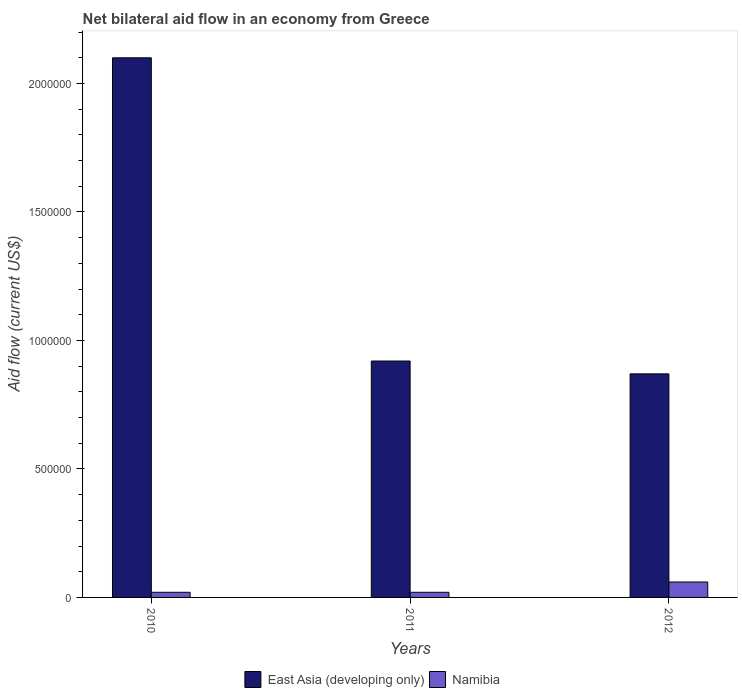
| Years | East Asia (developing only) | Namibia |
 | --- | --- | --- |
 | 2010 | 2.1e+06 | 2e+04 |
 | 2011 | 9.2e+05 | 2e+04 |
 | 2012 | 8.7e+05 | 6e+04 |